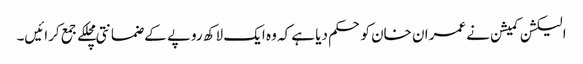
الیکشن کمیشن نے عمران خان کو حکم دیا ہے کہ وہ ایک لاکھ روپے کے ضمانتی مچلکے جمع کرائیں۔